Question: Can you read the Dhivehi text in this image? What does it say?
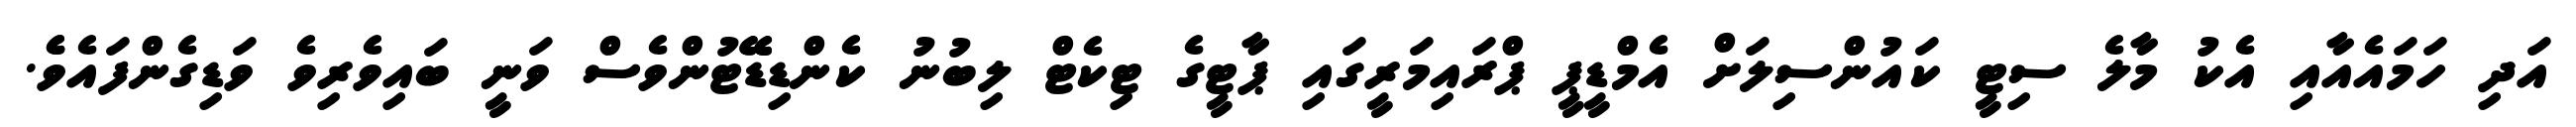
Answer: އަދި ހަމައެއާއި އެކު މާލެ ސިޓީ ކައުންސިލަށް އެމްޑީޕީ ޕްރައިމަރީގައި ޕާޓީގެ ޓިކެޓް ލިބުނު ކެންޑިޑޭޭޓުންވެސް ވަނީ ބައިވެރިވެ ވަޑިގެންފައެވެެ.